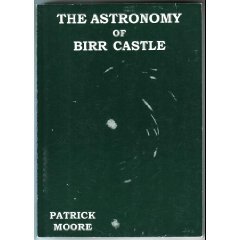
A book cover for The Astronomy of Birr Castle; CBE, DSc, FRAS, Sir Patrick Moore; Science & Math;